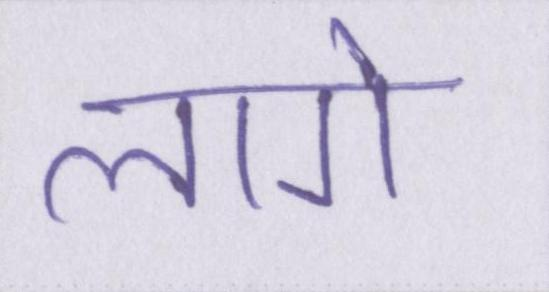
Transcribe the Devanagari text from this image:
लागे